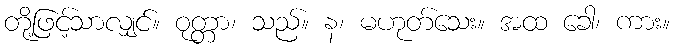
တို့ဖြင့်သာလျှင်။ ဝုတ္တာ၊ သည်။ န၊ မဟုတ်သေး။ အထ ခေါ၊ ကား။